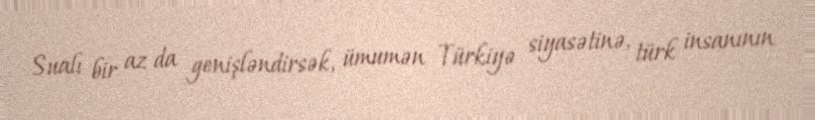
Sualı bir az da genişləndirsək, ümumən Türkiyə siyasətinə, türk insanının